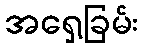
အရှေ့ခြမ်း